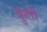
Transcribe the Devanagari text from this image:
बुग्ती